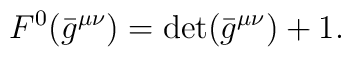
{}F^0(\bar{g}^{\mu \nu}) = \det ( \bar{g}^{\mu \nu} ) +1.